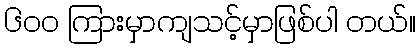
၆ဝဝ ကြားမှာကျသင့်မှာဖြစ်ပါ တယ်။